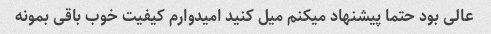
عالی بود حتما پیشنهاد میکنم میل کنید امیدوارم کیفیت خوب باقی بمونه